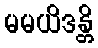
မမယိဒန္တိ